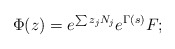
\begin{align*}\Phi(z) = e^{\sum z_j N_j} e^{\Gamma(s)} F;\end{align*}